Malaria in the Duars
Disease focus: Malaria
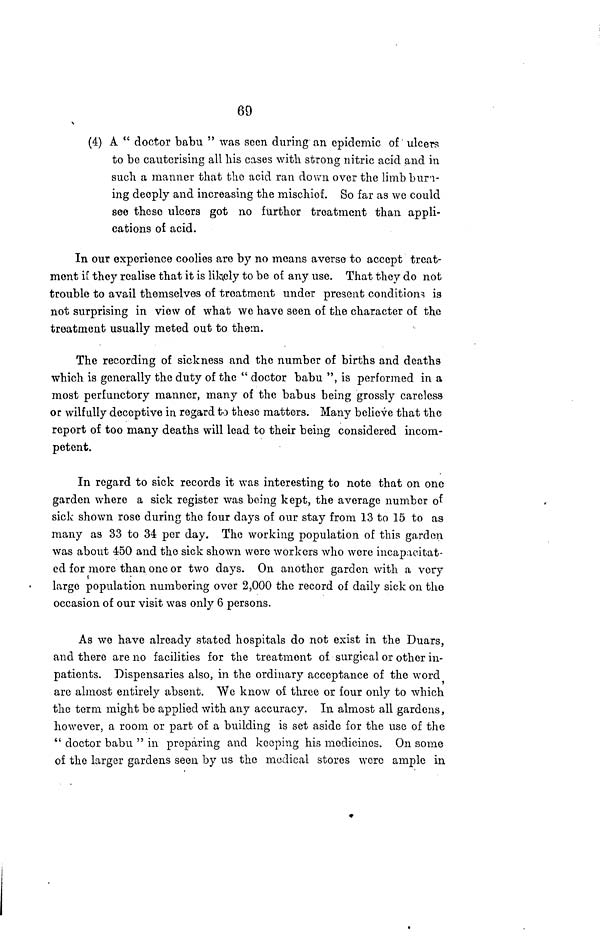
69
(4) A " doctor babu " was seen during an epidemic of ulcers
to be cauterising all his cases with strong nitric acid and in
such a manner that the acid ran down over the limb bun-
ing deeply and increasing the mischief. So far as we could
see these ulcers got no further treatment than appli-
cations of acid.
In our experience coolies are by no means averse to accept treat-
ment if they realise that it is likely to be of any use. That they do not
trouble to avail themselves of treatment under present conditions is
not surprising in view of what we have seen of the character of the
treatment usually meted out to them.
The recording of sickness and the number of births and deaths
which is generally the duty of the " doctor babu ", is performed in a
most perfunctory manner, many of the babus being grossly careless
or wilfully deceptive in regard to these matters. Many believe that the
report of too many deaths will lead to their being considered incom-
petent.
In regard to sick records it was interesting to note that on one
garden where a sick register was being kept, the average number of
sick shown rose during the four days of our stay from 13 to 15 to as
many as 33 to 34 per day. The working population of this garden
was about 450 and the sick shown were workers who were incapacitat-
ed for more than one or two days. On another garden with a very
large population numbering over 2,000 the record of daily sick on the
occasion of our visit was only 6 persons.
As we have already stated hospitals do not exist in the Duars,
and there are no facilities for the treatment of surgical or other in-
patients. Dispensaries also, in the ordinary acceptance of the word
are almost entirely absent. "We know of three or four only to which
the term might be applied with any accuracy. In almost all gardens,
however, a room or part of a building is set aside for the use of the
" doctor babu " in preparing and keeping his medicines. On some
of the larger gardens seen by us the medical stores were ample in